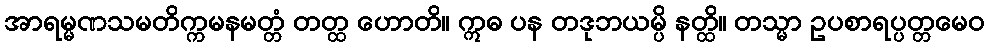
အာရမ္မဏသမတိက္ကမနမတ္တံ တတ္ထ ဟောတိ။ ဣဓ ပန တဒုဘယမ္ပိ နတ္ထိ။ တသ္မာ ဥပစာရပ္ပတ္တမေဝ